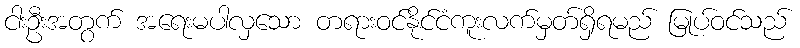
ငါးဦးအတွက် အရေးမပါလှသော တရားဝင်နိုင်ငံကူးလက်မှတ်ရှိရမည် မြုပ်ဝင်သည်